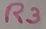
Text: R3